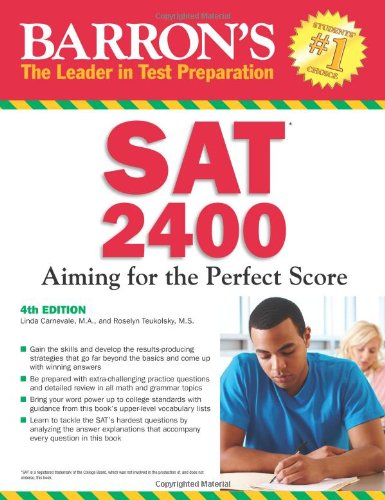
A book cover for Barron's SAT 2400, 4th Edition; Linda Carnevale M.A.; Test Preparation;